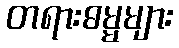
တရားဓမ္မများ